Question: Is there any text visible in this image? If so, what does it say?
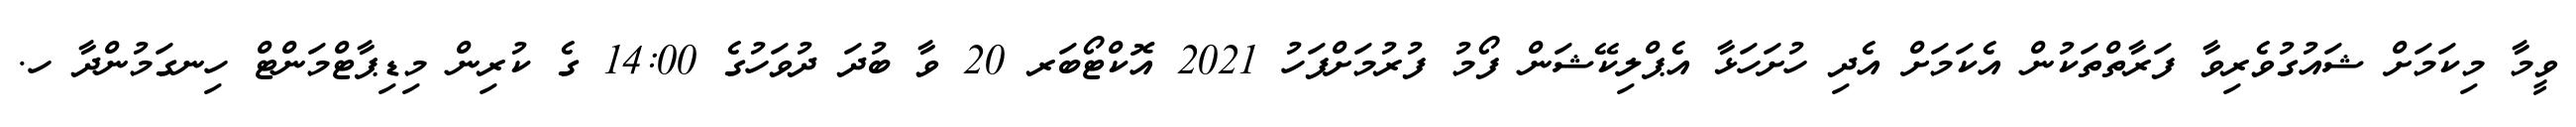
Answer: ވީމާ މިކަމަށް ޝައުގުވެރިވާ ފަރާތްތަކުން އެކަމަށް އެދި ހުށަހަޅާ އެޕްލިކޭޝަން ފޯމު ފުރުމަށްފަހު 2021 އޮކްޓޯބަރ 20 ވާ ބުދަ ދުވަހުގެ 14:00 ގެ ކުރިން މިޑިޕާޓްމަންޓް ހިނގަމުންދާ ހ.